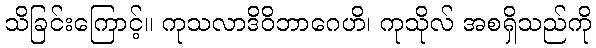
သိခြင်းကြောင့်။ ကုသလာဒိဝိဘာဂေဟိ၊ ကုသိုလ် အစရှိသည်ကို